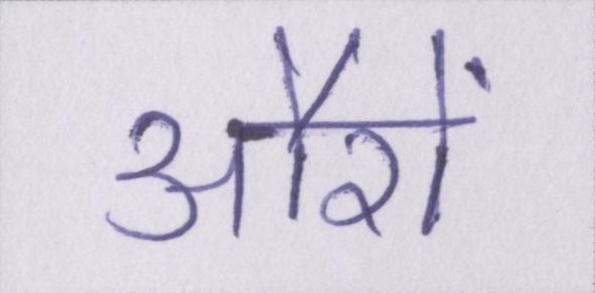
औरों